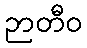
ဉာတီဝ